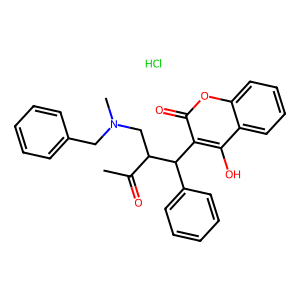
SMILES: CC(=O)C(CN(C)Cc1ccccc1)C(c1ccccc1)c1c(O)c2ccccc2oc1=O.Cl
Inhibits HIV replication: No